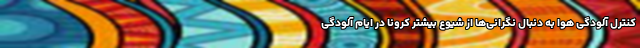
کنترل آلودگی هوا به دنبال نگرانی‌ها از شیوع بیشتر کرونا در ایام آلودگی